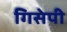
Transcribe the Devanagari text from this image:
गिसेपी